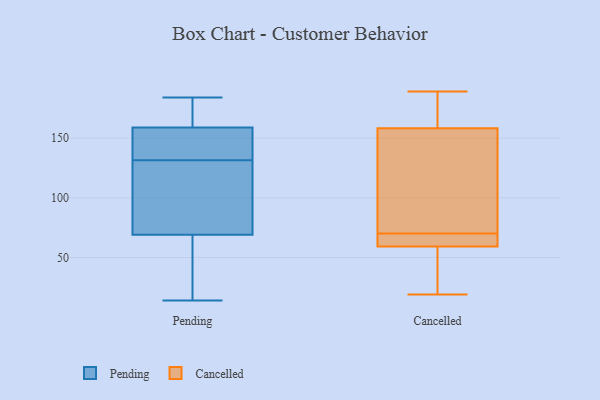
{"axis": {"x": "Conversion Rate (%)", "y": "Value"}, "legend": ["Cancelled", "Pending"], "data": [{"x": "", "y": 132, "type": "Pending"}, {"x": "", "y": 154, "type": "Pending"}, {"x": "", "y": 184, "type": "Pending"}, {"x": "", "y": 69, "type": "Pending"}, {"x": "", "y": 128, "type": "Pending"}, {"x": "", "y": 131, "type": "Pending"}, {"x": "", "y": 159, "type": "Pending"}, {"x": "", "y": 92, "type": "Pending"}, {"x": "", "y": 146, "type": "Pending"}, {"x": "", "y": 14, "type": "Pending"}, {"x": "", "y": 68, "type": "Pending"}, {"x": "", "y": 173, "type": "Pending"}, {"x": "", "y": 60, "type": "Pending"}, {"x": "", "y": 161, "type": "Pending"}, {"x": "", "y": 167, "type": "Cancelled"}, {"x": "", "y": 70, "type": "Cancelled"}, {"x": "", "y": 95, "type": "Cancelled"}, {"x": "", "y": 132, "type": "Cancelled"}, {"x": "", "y": 172, "type": "Cancelled"}, {"x": "", "y": 52, "type": "Cancelled"}, {"x": "", "y": 66, "type": "Cancelled"}, {"x": "", "y": 189, "type": "Cancelled"}, {"x": "", "y": 19, "type": "Cancelled"}, {"x": "", "y": 59, "type": "Cancelled"}, {"x": "", "y": 60, "type": "Cancelled"}]}